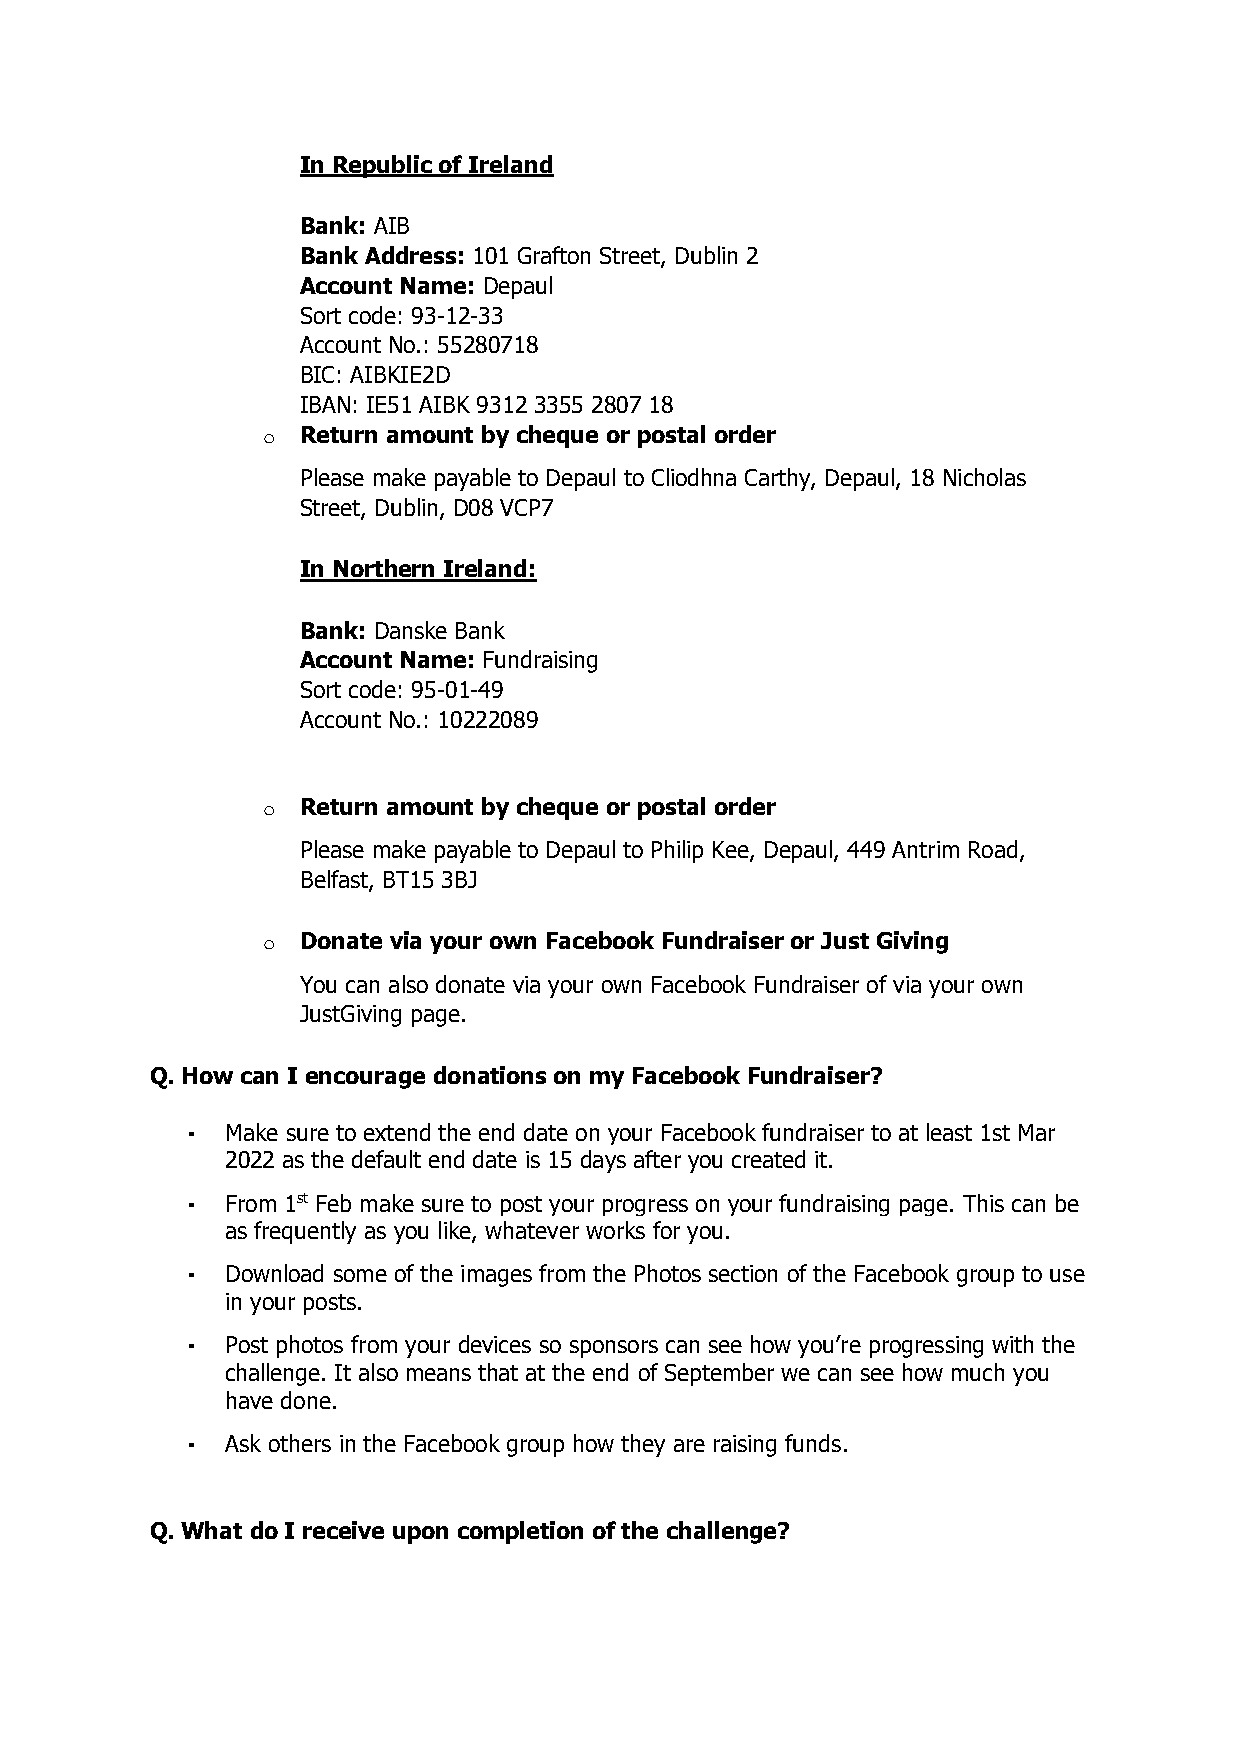
In Republic of Ireland
 Bank: AIB
 Bank Address: 101 Grafton Street, Dublin 2
 Account Name: Depaul
 Sort code: 93-12-33
 Account No.: 55280718
 BIC: AIBKIE2D
 IBAN: IE51 AIBK 9312 3355 2807 18
 o  Return amount by cheque or postal order
 Please make payable to Depaul to Cliodhna Carthy, Depaul, 18 Nicholas
 Street, Dublin, D08 VCP7
 In Northern Ireland:
 Bank: Danske Bank
 Account Name: Fundraising
 Sort code: 95-01-49
 Account No.: 10222089
 o  Return amount by cheque or postal order
 Please make payable to Depaul to Philip Kee, Depaul, 449 Antrim Road,
 Belfast, BT15 3BJ
 o  Donate via your own Facebook Fundraiser or Just Giving
 You can also donate via your own Facebook Fundraiser of via your own
 JustGiving page.
 Q. How can I encourage donations on my Facebook Fundraiser?
 ▪  Make sure to extend the end date on your Facebook fundraiser to at least 1st Mar
 2022 as the default end date is 15 days after you created it.
 ▪  From 1st Feb make sure to post your progress on your fundraising page. This can be
 as frequently as you like, whatever works for you.
 ▪  Download some of the images from the Photos section of the Facebook group to use
 in your posts.
 ▪  Post photos from your devices so sponsors can see how you’re progressing with the
 challenge. It also means that at the end of September we can see how much you
 have done.
 ▪  Ask others in the Facebook group how they are raising funds.
 Q. What do I receive upon completion of the challenge?